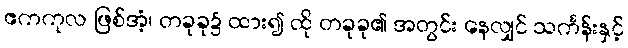
ဧကကုလ ဖြစ်အံ့၊ တခုခု၌ ထား၍ ထို တခုခု၏ အတွင်း နေလျှင် သင်္ကန်းနှင့်